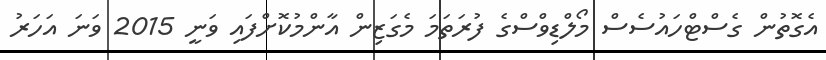
އެގޮތުން ގެސްޓްހައުސެސް މޯލްޑިވްސްގެ ފުރަތަމަ މެގަޒިން އާންމުކޮށްފައި ވަނީ 2015 ވަނަ އަހަރު